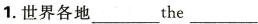
1.世界各地___the___